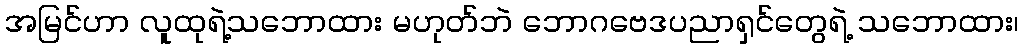
အမြင်ဟာ လူထုရဲ့သဘောထား မဟုတ်ဘဲ ဘောဂဗေဒပညာရှင်တွေရဲ့ သဘောထား၊